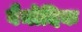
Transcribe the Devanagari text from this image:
वैनोदिक